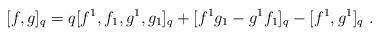
LaTeX: \begin{align*}[f,g]_q=q [f^1,f_1,g^1,g_1]_q+ [f^1g_1-g^1f_1]_q - [f^1,g^1]_q \ .\end{align*}